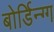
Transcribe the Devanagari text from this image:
बोर्डिन्ग्ग